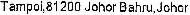
TAMPOI,81200 JOHOR BAHRU,JOHOR